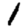
Digit: 1